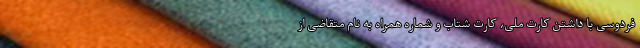
فردوسی با داشتن کارت ملی، کارت شتاب و شماره همراه به نام متقاضی از